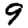
Digit: 9